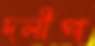
দলীপ